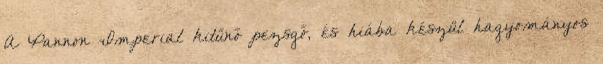
A Pannon Imperial kitűnő pezsgő, és hiába készül hagyományos